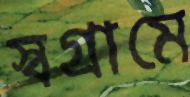
স্বগ্রামে